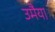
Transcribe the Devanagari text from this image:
उमैया